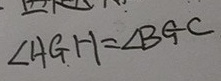
\angle A G H = \angle B G C